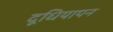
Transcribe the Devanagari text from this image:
दूधियापन